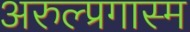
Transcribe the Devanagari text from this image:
अरुल्प्रगास्म